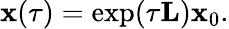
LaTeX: \mathbf{x}(\tau)=\exp(\tau\mathbf{L})\mathbf{x}_{0}.